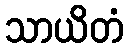
သာယိတံ